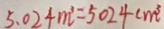
5 . 0 2 4 m ^ { 3 } = 5 0 2 4 c m ^ { 3 }